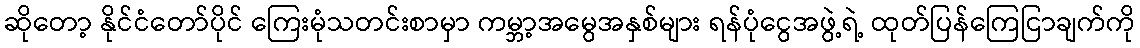
ဆိုတော့ နိုင်ငံတော်ပိုင် ကြေးမုံသတင်းစာမှာ ကမ္ဘာ့အမွေအနှစ်များ ရန်ပုံငွေအဖွဲ့ရဲ့ ထုတ်ပြန်ကြေငြာချက်ကို